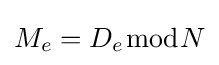
M_{e}=D_{e}{\bmod {N}}